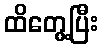
ထိတွေ့ပြီး